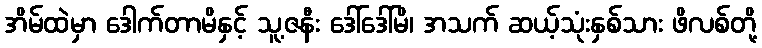
အိမ်ထဲမှာ ဒေါက်တာမိနှင့် သူ့ဇနီး ဒေါ်ဒေါ်မိ၊ အသက် ဆယ့်သုံးနှစ်သား ဖိလစ်တို့